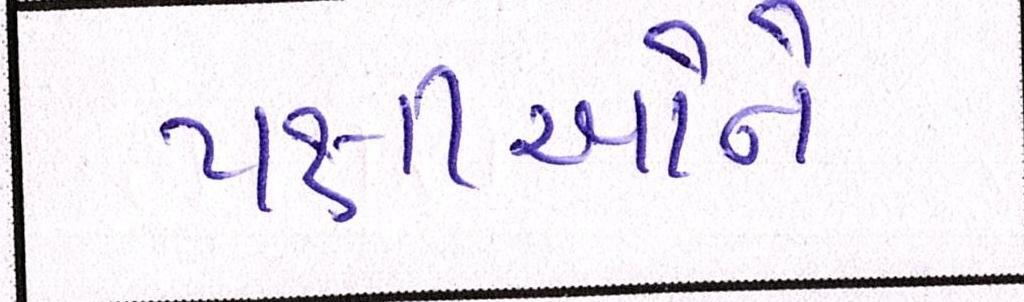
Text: પક્ષીઓને